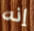
إنه